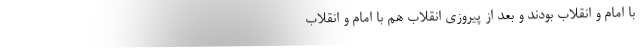
با امام و انقلاب بودند و بعد از پیروزی انقلاب هم با امام و انقلاب